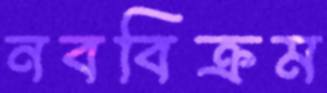
নববিক্রম